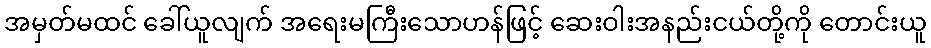
အမှတ်မထင် ခေါ်ယူလျက် အရေးမကြီးသောဟန်ဖြင့် ဆေးဝါးအနည်းငယ်တို့ကို တောင်းယူ